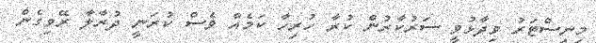
މިނިސްޓަރު ވިދާޅުވީ ސަރުކާރުން ކުރާ ހުރިހާ ކަމެއް ވެސް ކުރަނީ ދުރާލާ ރޭވިގެން